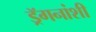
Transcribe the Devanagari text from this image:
ड्रॅगनांशी